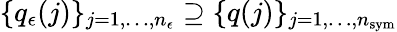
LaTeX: \{ q_{\epsilon}(j)\} _{j=1,\dots,n_{\epsilon}}\supseteq\{ q(j)\} _{j=1,\dots,n_{\mathrm{sym}}}